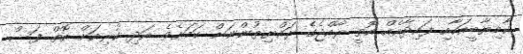
ކާމިޔާބީއަކާއި ފައިދާއެއް އޮތީ ރާއްޖެގެ ރައްޔިތުންނަށް ކަމަށެވެ. އަދި ކުރިއަށް އޮތް ފަސް